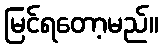
မြင်ရတော့မည်။